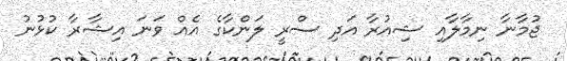
ޖުމާނާ ނިމާލާއި ޝިއުރާ އަދި ސްރީ ލަންކާގެ އެއް ވަނަ އިޝާރާ ކުޅުނު